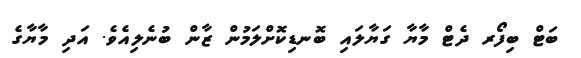
ބަޓް ބިފޯރ ދެޓް މާޔާ ގަޔާލައި ބޮނޑިކޮށްލަމުން ޒާން ބުނެލިއެވެ. އަދި މާޔާގެ